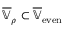
\overline { { \mathbb { V } } } _ { \rho } \subset \overline { { \mathbb { V } } } _ { \mathrm { e v e n } }